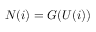
N ( i ) = G ( U ( i ) )